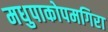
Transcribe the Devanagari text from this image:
मधुपाकोपमगिरा